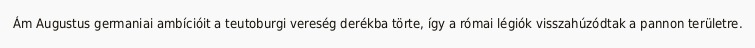
Ám Augustus germaniai ambícióit a teutoburgi vereség derékba törte, így a római légiók visszahúzódtak a pannon területre.